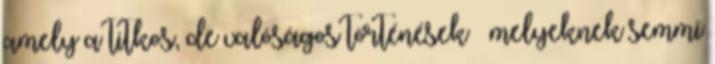
amely a titkos, de valóságos történések – melyeknek semmi